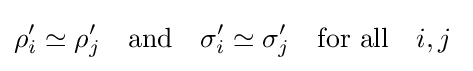
\rho _{i}'\simeq \rho _{j}'\quad {\mbox{and}}\quad \sigma _{i}'\simeq \sigma _{j}'\quad {\mbox{for all}}\quad i,j\;